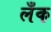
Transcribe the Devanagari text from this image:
लँक